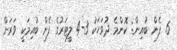
6. ފެން ބުއިން: ކޮންމެ ދުވަހަކު 3-4 ލީޓަރުގެ ފެން ބުއިމަކީ ވަރަށް